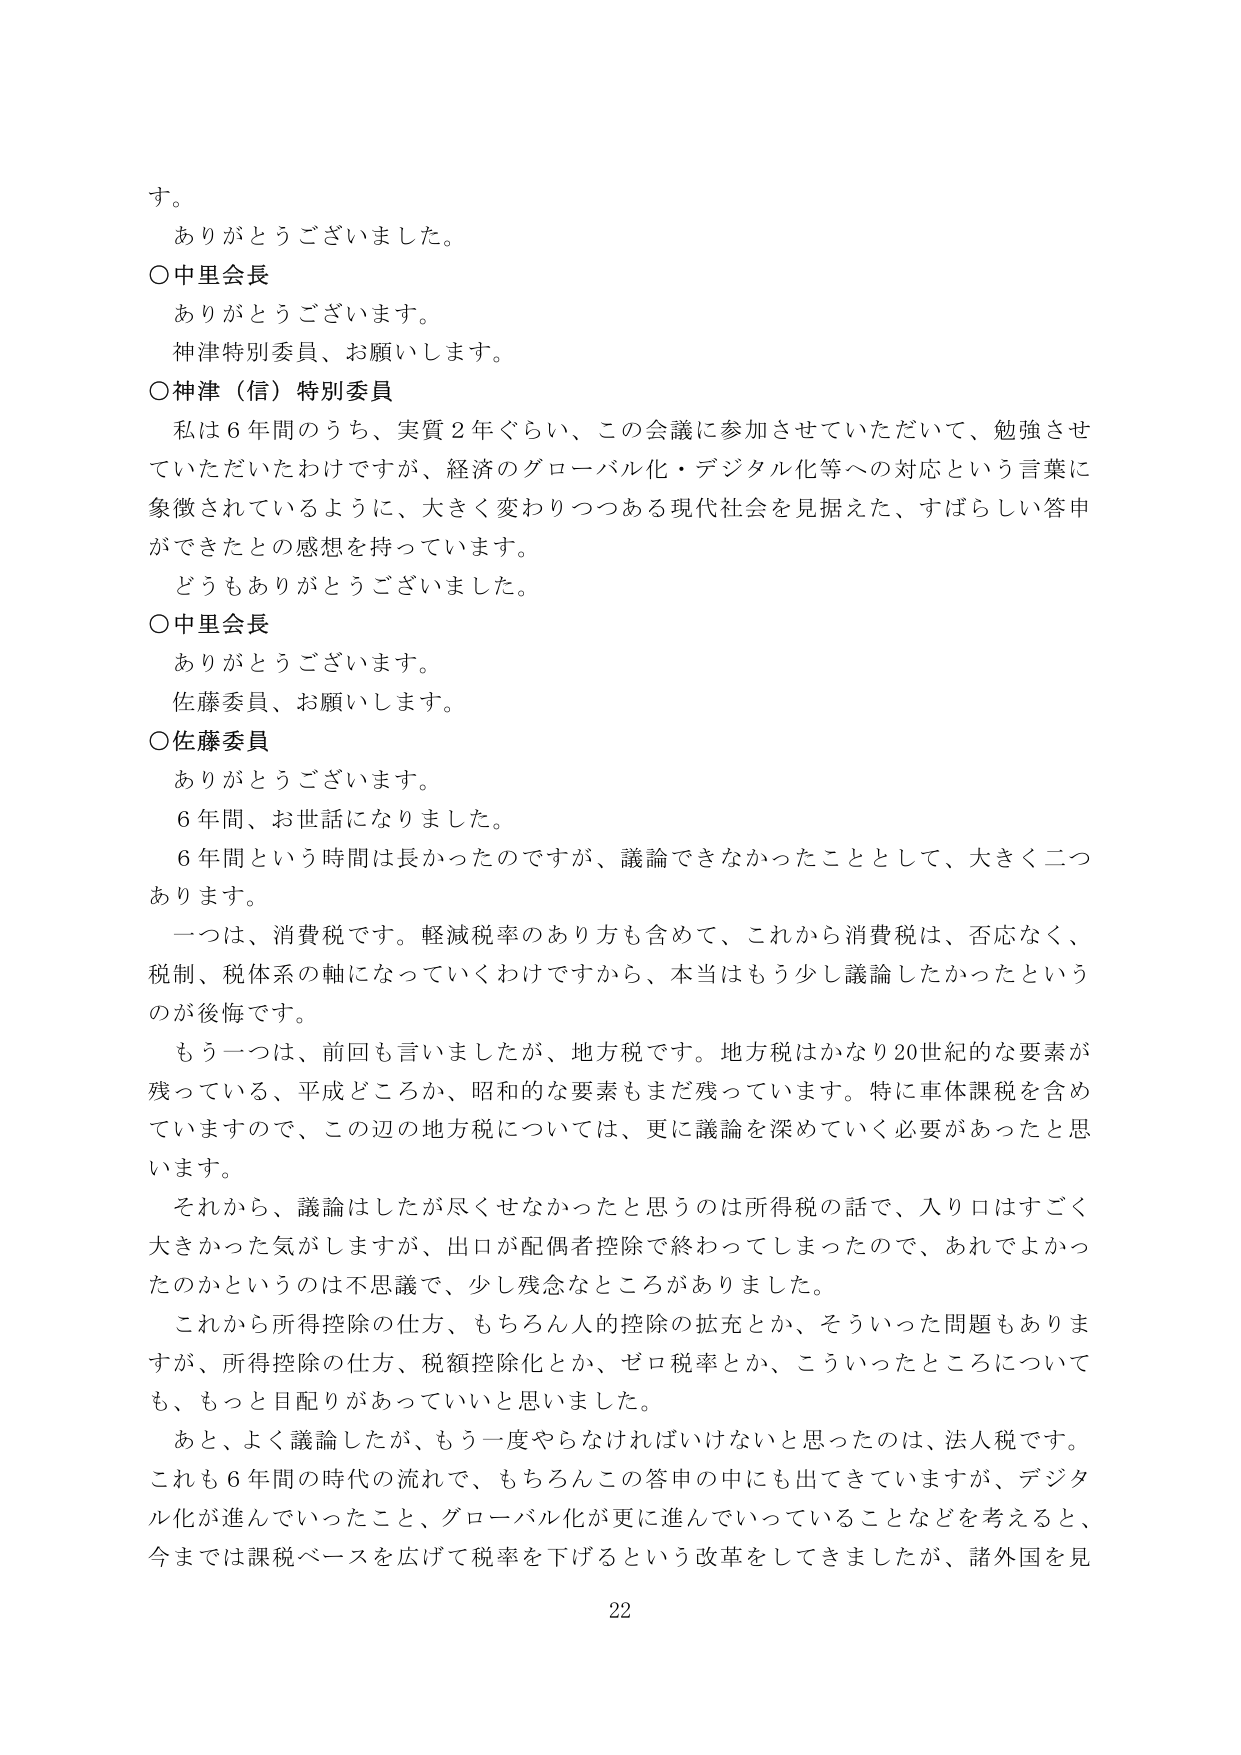
す。
ありがとうございました。
○中里会長
ありがとうございます。
神津特別委員、お願いします。
○神津（信）特別委員
私は６年間のうち、実質２年ぐらい、この会議に参加させていただいて、勉強させていただいたわけですが、経済のグローバル化・デジタル化等への対応という言葉に象徴されているように、大きく変わりつつある現代社会を見据えた、すばらしい答申ができたとの感想を持っています。
どうもありがとうございました。
○中里会長
ありがとうございます。
佐藤委員、お願いします。
○佐藤委員
ありがとうございます。
６年間、お世話になりました。
６年間という時間は長かったのですが、議論できなかったこととして、大きく二つあります。
一つは、消費税です。軽減税率のあり方も含めて、これから消費税は、否応なく、税制、税体系の軸になっていくわけですから、本当はもう少し議論したかったというのが後悔です。
もう一つは、前回も言いましたが、地方税です。地方税はかなり20世紀的な要素が残っている、平成どころか、昭和的な要素もまだ残っています。特に車体課税を含めていますので、この辺の地方税については、更に議論を深めていく必要があったと思います。
それから、議論はしたが尽くせなかったと思うのは所得税の話で、入り口はすごく大きかった気がしますが、出口が配偶者控除で終わってしまったので、あれでよかったのかというのは不思議で、少し残念なところがありました。
これから所得控除の仕方、もちろん人的控除の拡充とか、そういった問題もありますが、所得控除の仕方、税額控除化とか、ゼロ税率とか、こういったところについても、もっと目配りがあっていいと思いました。
あと、よく議論したが、もう一度やらなければならないと思ったのは、法人税です。これも６年間の時代の流れで、もちろんこの答申の中にも出てきていますが、デジタル化が進んでいったこと、グローバル化が更に進んでいっていることなどを考えると、今までは課税ベースを広げて税率を下げるという改革をしてきましたが、諸外国を見
22